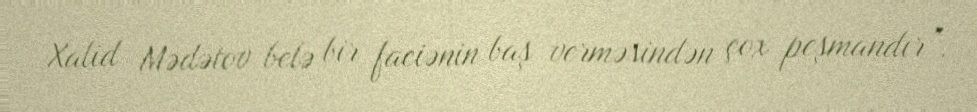
Xalid Mədətov belə bir faciənin baş verməsindən çox peşmandır”.